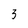
Character: 3